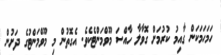
ހަމަހަމަކަން ގާއިމު ކުރުމަށް ގޮވާލާ ހާއްސަ މޫވްމަންޓެކެވެ. އެގޮތުން މި މޫވްމަންޓުގެ ދަށުން